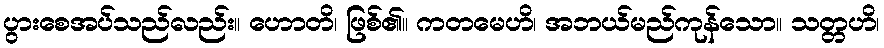
ပွားစေအပ်သည်လည်း။ ဟောတိ၊ ဖြစ်၏။ ကတမေဟိ၊ အဘယ်မည်ကုန်သော။ သတ္တဟိ၊